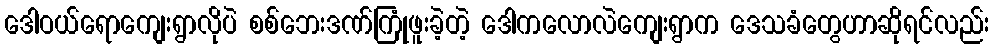
ဒေါဝယ်ရောကျေးရွာလိုပဲ စစ်ဘေးဒဏ်ကြုံဖူးခဲ့တဲ့ ဒေါကလောလဲကျေးရွာက ဒေသခံတွေဟာဆိုရင်လည်း